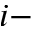
i -